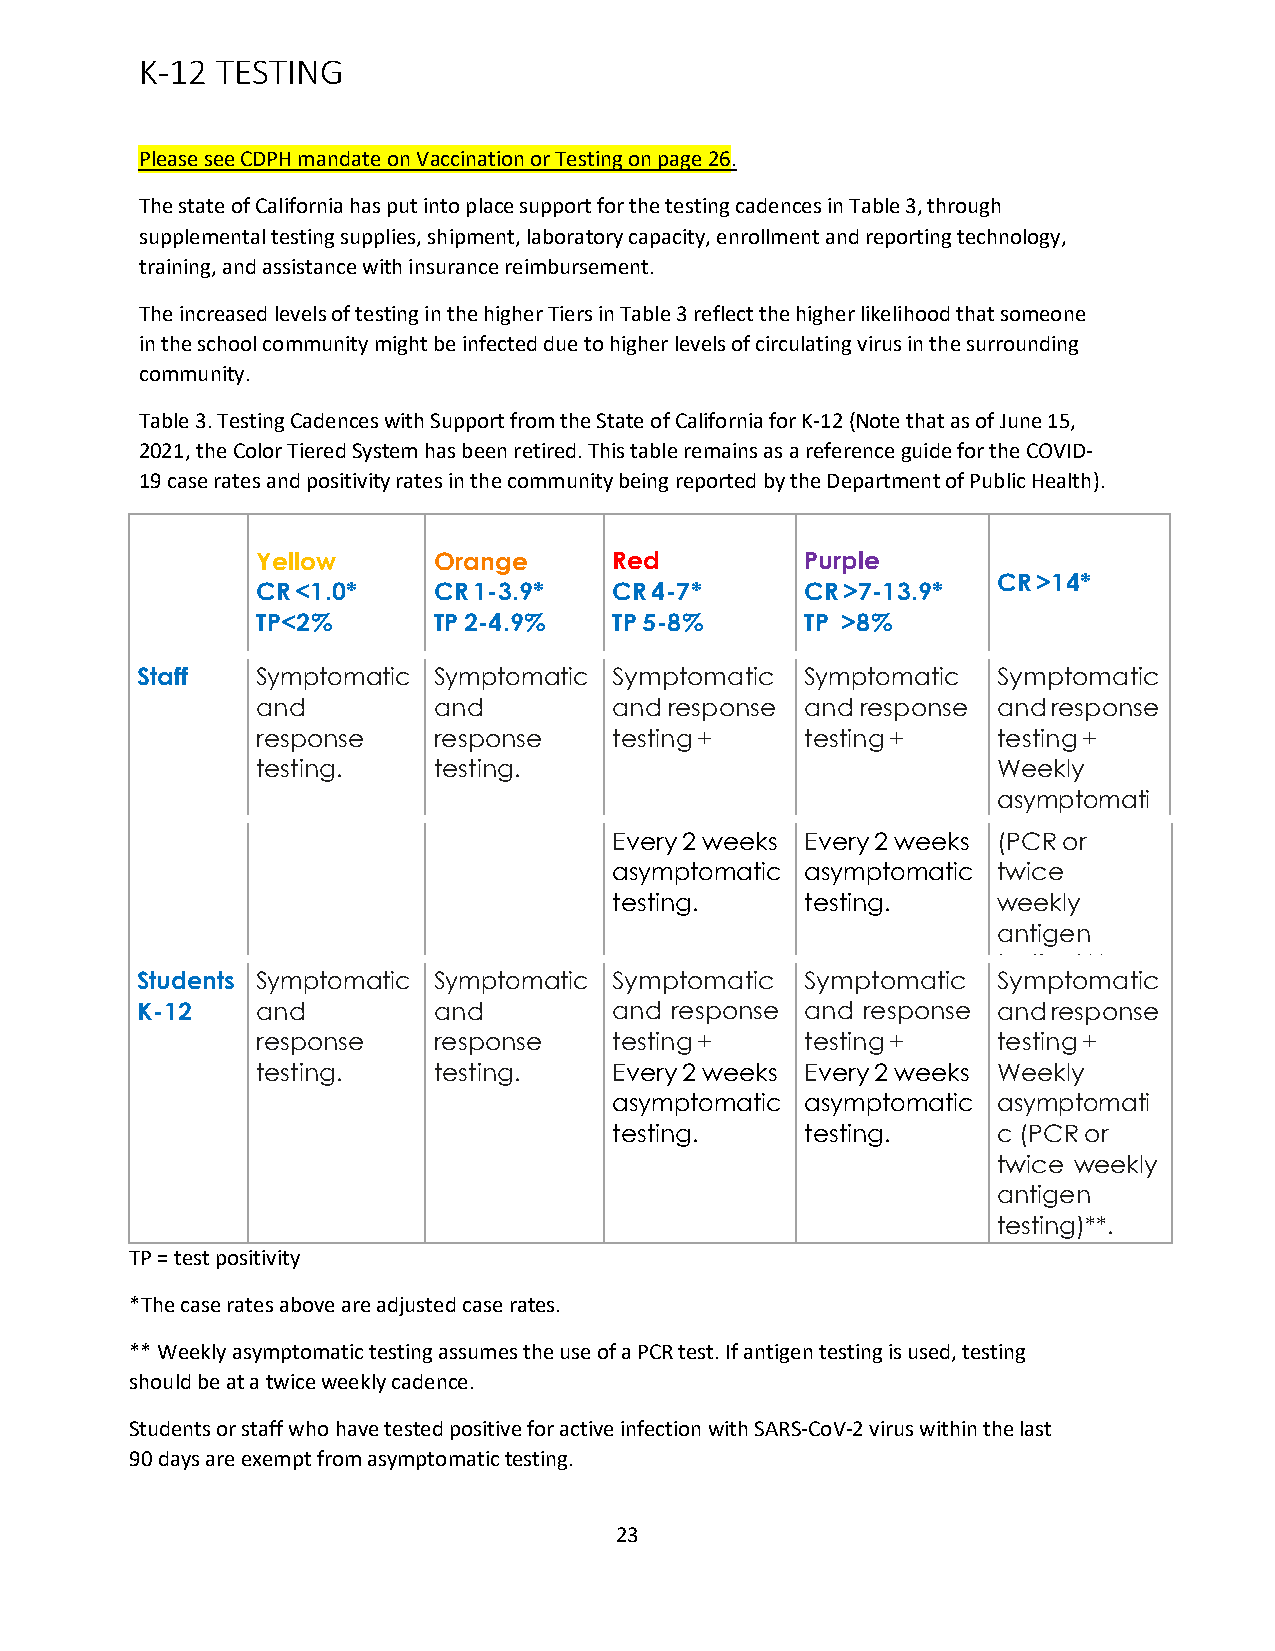
K-12 TESTING
 Please see CDPH mandate on Vaccination or Testing on page 26.
 The state of California has put into place support for the testing cadences in Table 3, through
 supplemental testing supplies, shipment, laboratory capacity, enrollment and reporting technology,
 training, and assistance with insurance reimbursement.
 The increased levels of testing in the higher Tiers in Table 3 reflect the higher likelihood that someone
 in the school community might be infected due to higher levels of circulating virus in the surrounding
 community.
 Table 3. Testing Cadences with Support from the State of California for K-12 (Note that as of June 15,
 2021, the Color Tiered System has been retired. This table remains as a reference guide for the COVID-
 19 case rates and positivity rates in the community being reported by the Department of Public Health).
 Yellow      Orange      Red         Purple
 CR >14*
 CR <1.0*    CR 1-3.9*   CR 4-7*     CR >7-13.9*
 TP<2%       TP 2-4.9%   TP 5-8%     TP >8%
 Staff   Symptomatic Symptomatic Symptomatic Symptomatic  Symptomatic
 and         and         and response and response and response
 response    response    testing +   testing +    testing +
 testing.    testing.                             Weekly
 asymptomati
 c
 Every 2 weeks Every 2 weeks (PCR or
 asymptomatic asymptomatic twice
 testing.    testing.     weekly
 antigen
 testing)**.
 Students Symptomatic Symptomatic Symptomatic Symptomatic Symptomatic
 K-12    and         and         and response and response and response
 response    response    testing +   testing +    testing +
 testing.    testing.    Every 2 weeks Every 2 weeks Weekly
 asymptomatic asymptomatic asymptomati
 testing.    testing.     c (PCR or
 twice weekly
 antigen
 testing)**.
 TP = test positivity
 *The case rates above are adjusted case rates.
 ** Weekly asymptomatic testing assumes the use of a PCR test. If antigen testing is used, testing
 should be at a twice weekly cadence.
 Students or staff who have tested positive for active infection with SARS-CoV-2 virus within the last
 90 days are exempt from asymptomatic testing.
 23